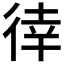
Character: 𢔛